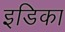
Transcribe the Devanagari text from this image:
इडिका